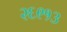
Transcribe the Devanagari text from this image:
२६९१३